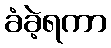
ခံခဲ့ရကာ